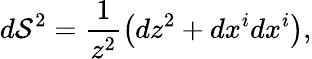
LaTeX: d\mathcal{S}^{2}=\frac{{1}}{{z^{2}}}\left(dz^{2}+dx^{i}dx^{i}\right),